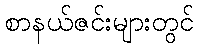
စာနယ်ဇင်းများတွင်